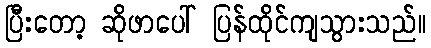
ပြီးတော့ ဆိုဖာပေါ် ပြန်ထိုင်ကျသွားသည်။